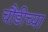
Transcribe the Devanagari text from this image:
चौंडीच्या